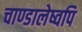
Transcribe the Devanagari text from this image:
चाण्डालेष्वपि